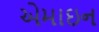
એમાઇન